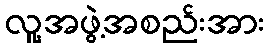
လူ့အဖွဲ့အစည်းအား